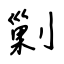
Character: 剿